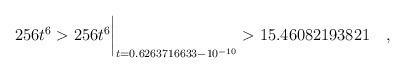
LaTeX: \begin{align*} 256 t^6& > 256 t^6\biggr\rvert_{t=0.6263716633 - 10^{-10}} > 15.46082193821\quad , \end{align*}